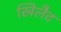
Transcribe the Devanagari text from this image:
खिलैद